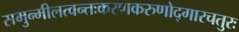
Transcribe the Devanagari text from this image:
समुन्मीलत्वन्तःकरणकरुणोद्गारचतुरः